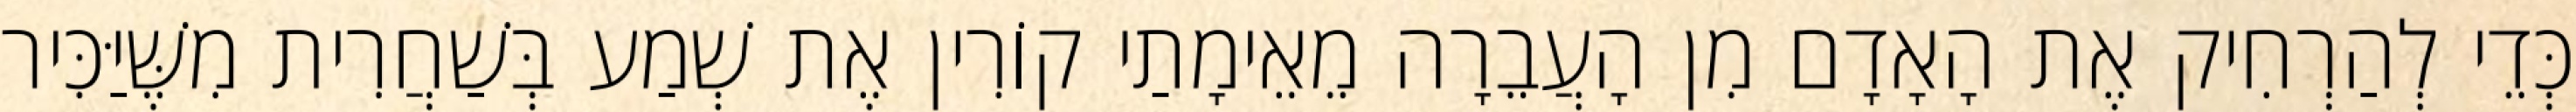
כְּדֵי לְהַרְחִיק אֶת הָאָדָם מִן הָעֲבֵרָה מֵאֵימָתַי קוֹרִין אֶת שְׁמַע בְּשַׁחֲרִית מִשֶּׁיַּכִּיר